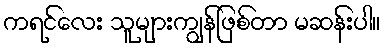
ကရင်လေး သူများကျွန်ဖြစ်တာ မဆန်းပါ။